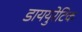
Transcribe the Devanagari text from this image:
डाययुरेटिक